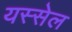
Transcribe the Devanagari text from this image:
यस्सेल